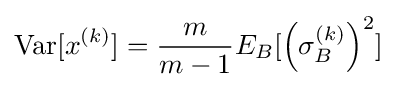
\operatorname {Var} [x^{(k)}]={\frac {m}{m-1}}E_{B}[\left(\sigma _{B}^{(k)}\right)^{2}]